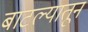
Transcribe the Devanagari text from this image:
बाटल्यातून